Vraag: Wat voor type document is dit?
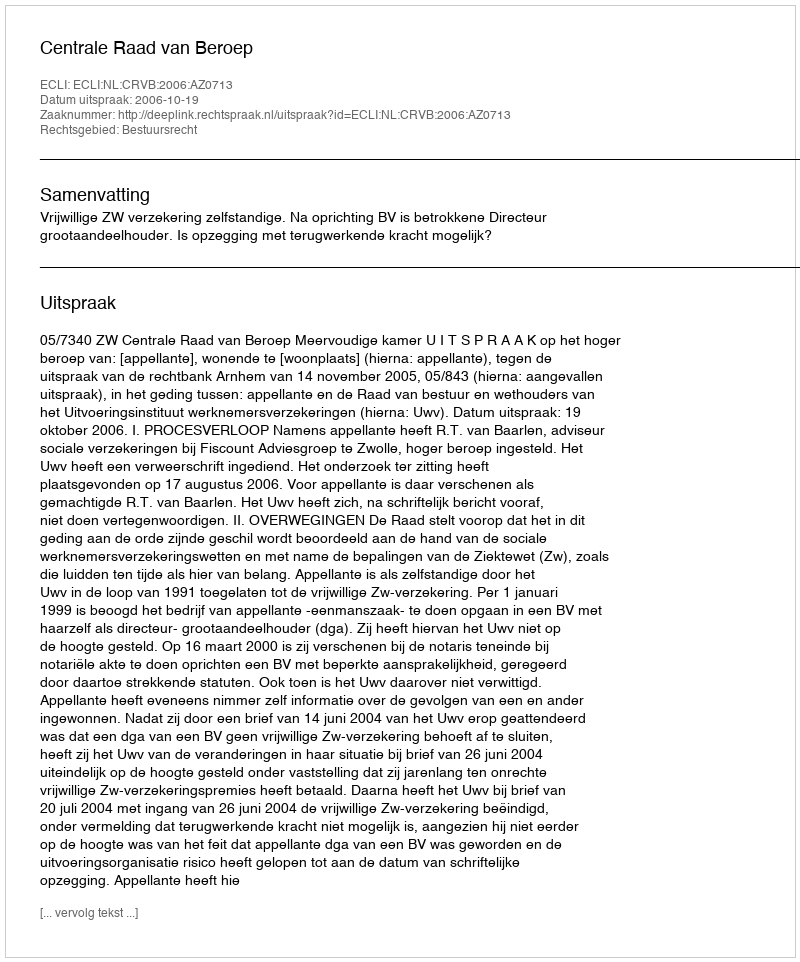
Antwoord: Uitspraak